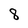
Character: 8